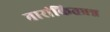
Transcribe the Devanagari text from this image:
तारांकितप्रश्न